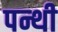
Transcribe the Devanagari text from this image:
पन्थी